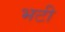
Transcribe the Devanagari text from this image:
भटी